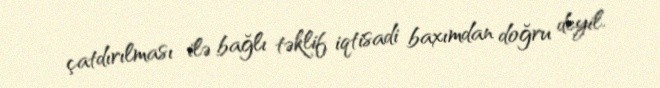
çatdırılması ilə bağlı təklif iqtisadi baxımdan doğru deyil.